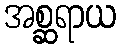
အစ္ဆရာယ